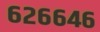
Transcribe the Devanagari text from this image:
६२६६४६